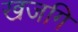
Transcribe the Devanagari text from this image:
खजगि